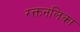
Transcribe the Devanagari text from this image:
रक्तनलिका